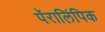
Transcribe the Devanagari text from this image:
पॅरालिंपिक